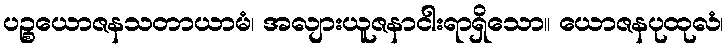
ပဉ္စယောဇနသတာယာမံ၊ အလျားယူဇနာငါးရာရှိသော။ ယောဇနပုထုလံ၊